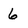
Character: 6